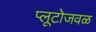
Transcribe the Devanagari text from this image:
प्लूटोजवळ